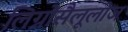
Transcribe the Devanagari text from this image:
लिग्नोसैलूलोज